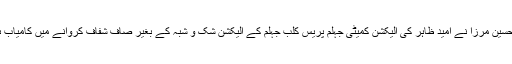
ڈاکٹر تصور حسین مرزا نے امید ظاہر کی الیکشن کمیٹی جہلم پریس کلب جہلم کے الیکشن شک و شبہ کے بغیر صاف شفاف کروانے میں کامیاب ہو جائے گئی۔